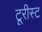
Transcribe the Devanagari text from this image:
टूरीस्ट